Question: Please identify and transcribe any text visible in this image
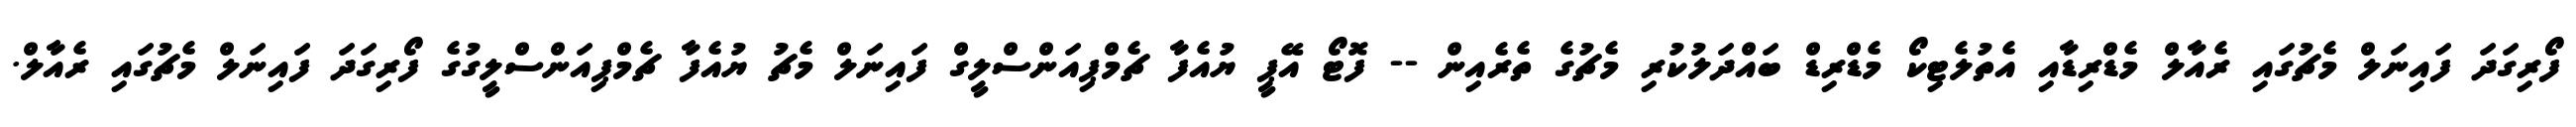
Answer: ފޯރިގަދަ ފައިނަލް މެޗުގައި ރެއާލް މެޑްރިޑާއި އެތުލެޓިކޯ މެޑްރިޑް ބައްދަލުކުރި މެޗުގެ ތެރެއިން -- ފޮޓޯ އޭޕީ ޔުއެފާ ޗެމްޕިއަންސްލީގް ފައިނަލް މެޗު ޔުއެފާ ޗެމްޕިއަންސްލީގުގެ ފޯރިގަދަ ފައިނަލް މެޗުގައި ރެއާލް.